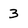
Character: 3